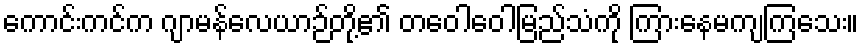
ကောင်းကင်က ဂျာမန်လေယာဉ်တို့၏ တဝေါဝေါမြည်သံကို ကြားနေမကျကြသေး။